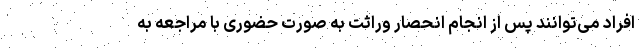
افراد می‌توانند پس از انجام انحصار وراثت به صورت حضوری با مراجعه به